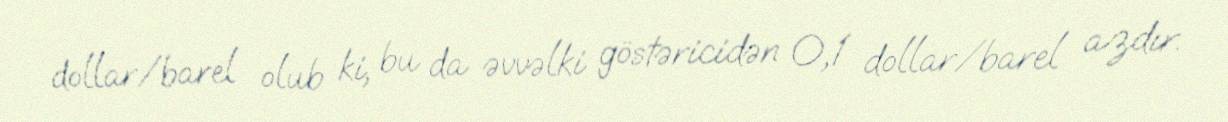
dollar/barel olub ki, bu da əvvəlki göstəricidən 0,1 dollar/barel azdır.